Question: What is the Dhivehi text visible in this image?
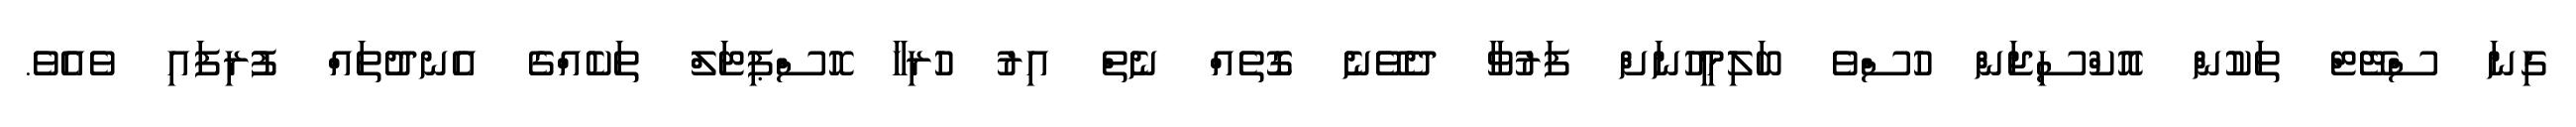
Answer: ގިނަ ސްޓޭޓް ތަކުން އޮކްސިޖަން ހުސްވެ ބަލިމީހުނަށް ފަރުވާ ދެވޭނެ ގޮތެއް ނެތް އިރު ހުރިހާ ހޮސްޕިޓަލް ތަކެއްގެ އެނދުތައް ފުރިފައި ވެއެވެ.